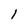
Character: 1